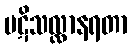
ပဋိသလ္လာနရတာ